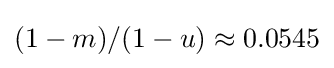
(1-m)/(1-u)\approx 0.0545